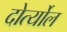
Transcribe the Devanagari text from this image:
दोर्त्योल